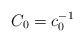
LaTeX: \begin{align*} C_0=c_0^{-1}\end{align*}